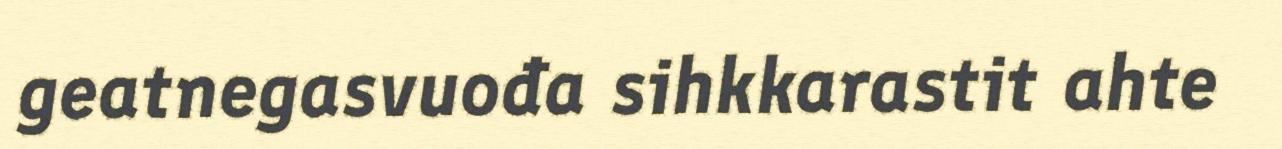
geatnegasvuođa sihkkarastit ahte